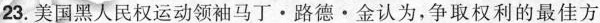
23. 美国黑人民权运动领袖马丁· 路德 · 金认为，争取权利的最佳方